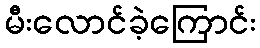
မီးလောင်ခဲ့ကြောင်း